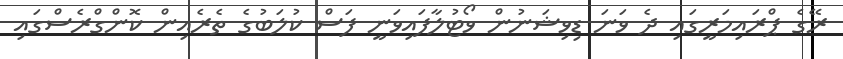
ރޭގެ ޕްރައިމަރީގައި ދެ ވަނަ ޑިވިޝަނުން ވޯޓުލާފައިވަނީ ފަސް ކުލަބުގެ ތެރެއިން ކޮންގްރެސްގައި